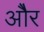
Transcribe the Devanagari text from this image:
ओेैर